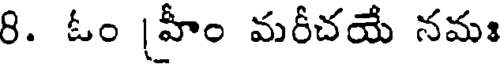
8. ఓం |హీం మరీచయే నమః